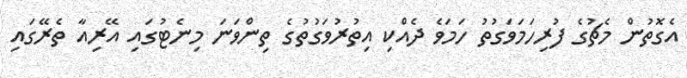
އެގޮތުން މެޗުގެ ފުރިހަމަވަގުތު ހަމަވެ ދެއްކި އިތުރުވަގުތުގެ ތިންވަނަ މިނެޓުގައި އޭރިއާ ތެރޭގައި